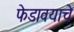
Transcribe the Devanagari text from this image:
फेडावयाचे